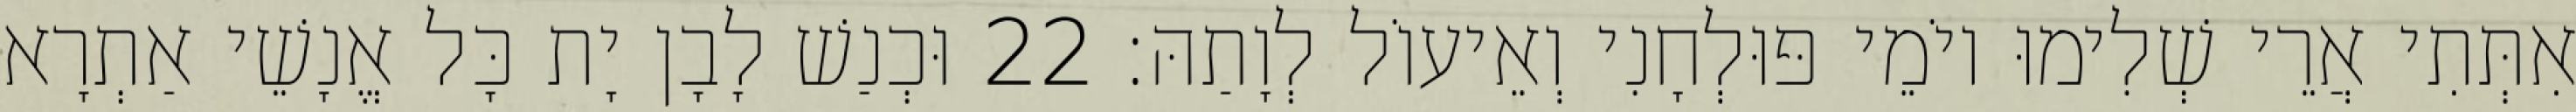
אִתְּתִי אֲרֵי שְׁלִימוּ יוֹמֵי פּוּלְחָנִי וְאֵיעוֹל לְוָתַהּ׃ 22 וּכְנַשׁ לָבָן יָת כָּל אֱנָשֵׁי אַתְרָא